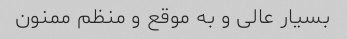
بسیار عالی و به موقع و منظم ممنون